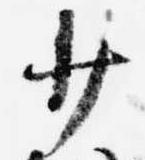
少